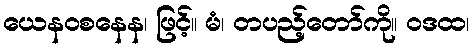
ယေနဝစနေန၊ ဖြင့်။ မံ၊ တပည့်တော်ကို။ ဝဒထ၊